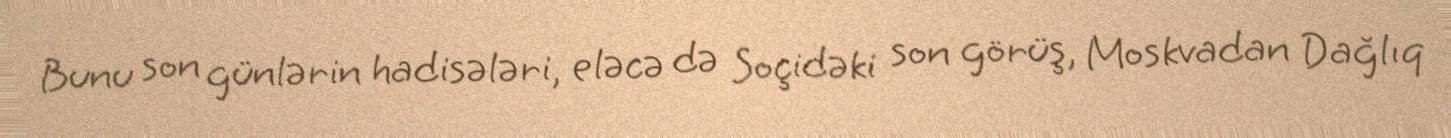
Bunu son günlərin hadisələri, eləcə də Soçidəki son görüş, Moskvadan Dağlıq